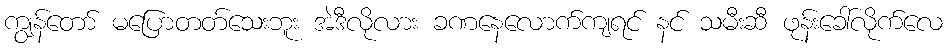
ကျွန်တော် မပြောတတ်သေးဘူး အဲဒီလိုလား ခဏနေလောက်ကျရင် နင် သမီးဆီ ဖုန်းခေါ်လိုက်လေ